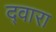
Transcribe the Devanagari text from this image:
द्‍वारा